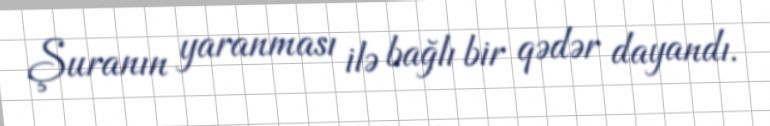
Şuranın yaranması ilə bağlı bir qədər dayandı.